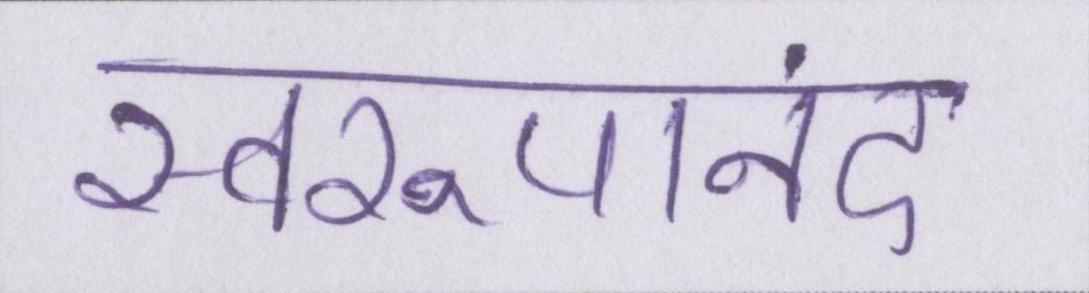
स्वरूपानंद